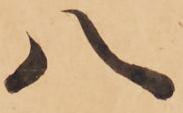
八